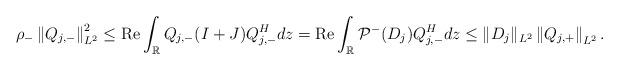
LaTeX: \begin{align*}\rho_- \left\|Q_{j,-}\right\|_{L^2}^2 \leq \operatorname{Re} \int_{\mathbb{R}} Q_{j,-}(I+J) Q_{j,-}^H dz=\operatorname{Re}\int_{\mathbb{R}} \mathcal{P}^-(D_j) Q_{j,-}^H dz \leq\|D_j\|_{L^2}\left\|Q_{j,+}\right\|_{L^2}.\end{align*}